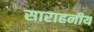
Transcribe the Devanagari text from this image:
साराहनीय